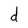
Character: d